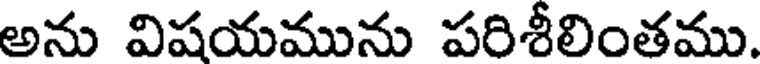
అను విషయమును పరిశీలింతము.